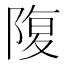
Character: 䧗